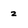
Character: 2